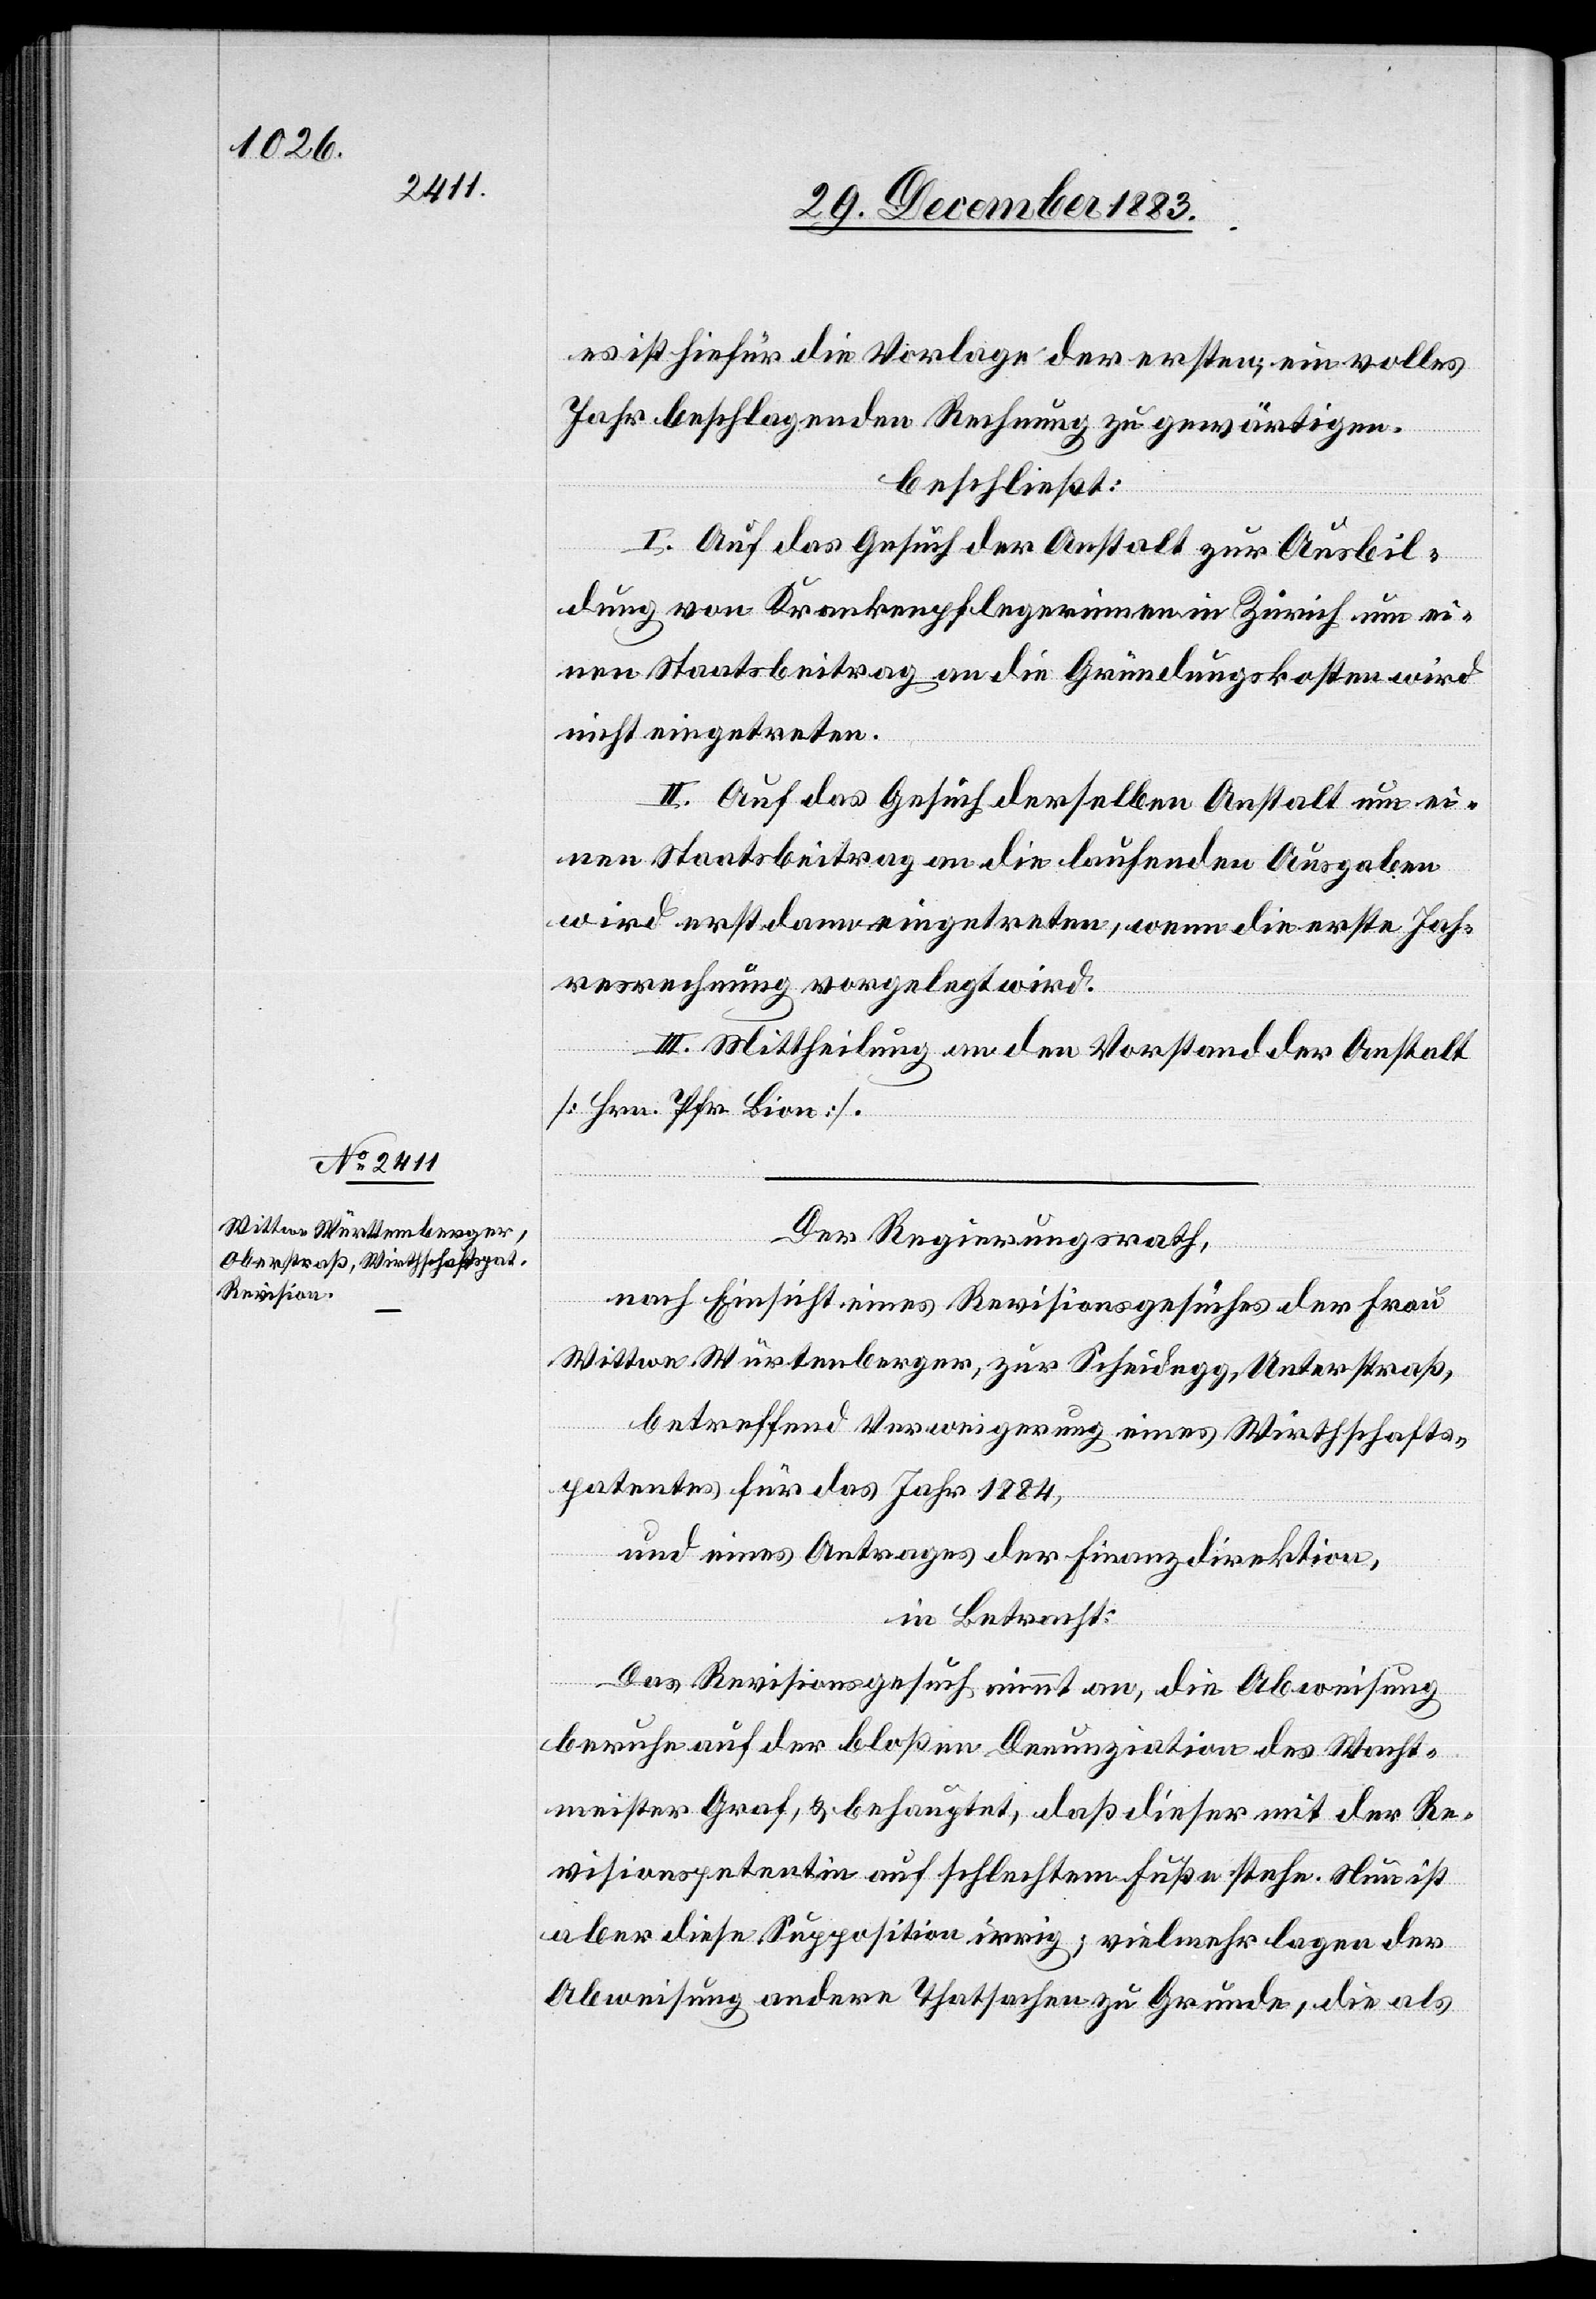
es ist hiefür die Vorlage der ersten; ein volles
Jahr beschlagenden Rechnung zu gewärtigen.
beschließt:
I. Auf das Gesuch der Anstalt zur Ausbil¬
dung von Krankenpflegerinnen in Zürich um ei¬
nen Staatsbeitrag an die Gründungskosten wird
nicht eingetreten.
II. Auf das Gesuch derselben Anstalt um ei¬
nen Staatsbeitrag an die laufenden Ausgaben
wird erst dann eingetreten, wenn die erste Jah¬
resrechnung vorgelegt wird.
III. Mittheilung an den Vorstand der Anstalt
[Hrn. Pfr. Bion].
Der Regierungsrath,
nach Einsicht eines Revisionsgesuches der Frau
Wittwe Würtenberger [sic!], zur Scheidegg, Unterstraß,
betreffend Verweigerung eines Wirthschafts¬
patentes für das Jahr 1884,
und eines Antrages der Finanzdirektion,
in Betracht:
Das Revisionsgesuch nimmt an, die Abweisung
beruhe auf der bloßen Denunziation des Wacht¬
meister Graf, & behauptet, daß dieser mit der Re¬
visionspetentin auf schlechtem Fuße stehe. Nun ist
aber diese Supposition irrig; vielmehr lagen der
Abweisung andere Thatsachen zu Grunde, die als